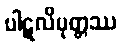
ပါဋလိပုတ္တဿ